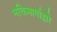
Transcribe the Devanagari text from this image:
भक्तिमार्गाद्वारे